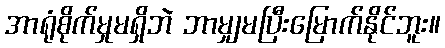
အာရုံစိုက်မှုမရှိဘဲ ဘာမျှမပြီးမြောက်နိုင်ဘူး။